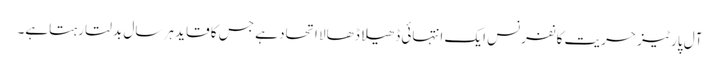
آل پارٹیز حریت کانفرنس ایک انتہائی ڈھیلا ڈھالا اتحاد ہے جس کا قاید ہر سال بدلتا رہتاہے۔